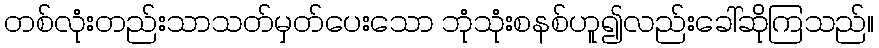
တစ်လုံးတည်းသာသတ်မှတ်ပေးသော ဘုံသုံးစနစ်ဟူ၍လည်းခေါ်ဆိုကြသည်။